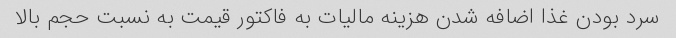
سرد بودن غذا اضافه شدن هزینه مالیات به فاکتور قیمت به نسبت حجم بالا